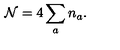
{ \cal N } = 4 \sum _ { a } n _ { a } .